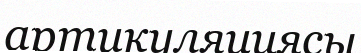
артикуляциясы